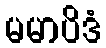
မမာပိဒံ